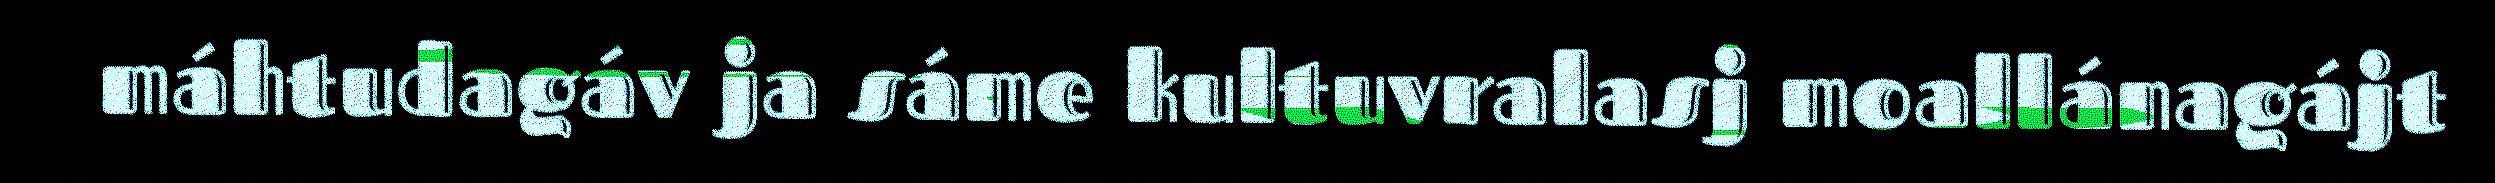
máhtudagáv ja sáme kultuvralasj moallánagájt